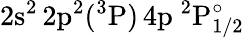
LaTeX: \mathrm{2s^{2}\, 2p^{2}(^{3}P)\, 4p~^{2}P_{1/2}^{\circ}}